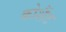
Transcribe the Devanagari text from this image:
कोशैंट